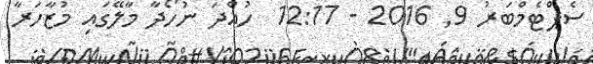
ސެޕްޓެމްބަރު 9